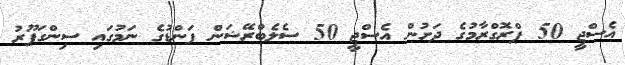
އެސްޖީ 50 ޕްރޮގްރާމުގެ ދަށުން އެސްޖީ 50 ސެލެބްރޭޝަން ފަންޑުގެ ނަމުގައި ސިންގަޕޫރު